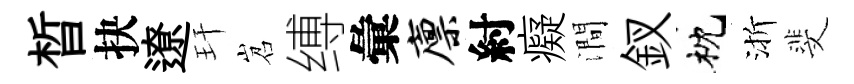
晳抉遼玕岧缚彙廪紂癡澗釵枕渐斐